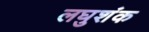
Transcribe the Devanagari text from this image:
लघुशंक